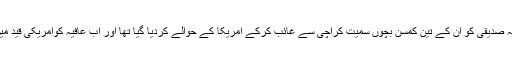
30 مارچ 2003 کو عافیہ صدیقی کو ان کے تین کمسن بچوں سمیت کراچی سے غائب کرکے امریکا کے حوالے کردیا گیا تھا اور اب عافیہ کوامریکی قید میں 15 سال بیت چکے ہیں۔